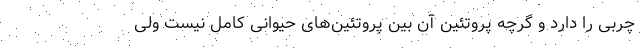
چربی را دارد و گرچه پروتئین آن بین پروتئین‌های حیوانی کامل نیست ولی